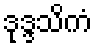
ဒုဒ္ဒသိကံ